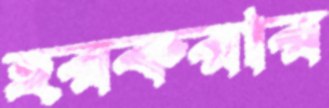
হরকরার